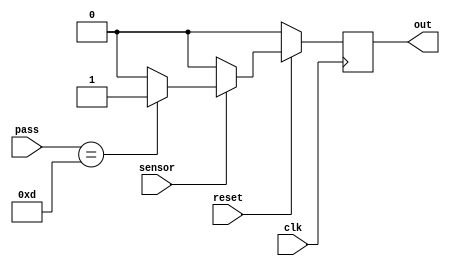
module parking_sys(
    input sensor,
    input clk,reset,
    input [3:0]pass,
    output reg out//0 - not allowed,1 - allowed (to enter)
);
reg [3:0]original_pass= 4'b1101; 
always @(posedge clk) begin
    if(~reset)
        out <= 0;
    else if(sensor) begin
        if(pass == original_pass)
            out <= 1;
        else
            out <= 0; 
    end
    else
        out <= 0;
end

endmodule